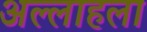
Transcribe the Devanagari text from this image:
अल्लाहला